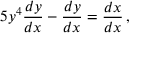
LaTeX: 5 y ^ { 4 } { \frac { d y } { d x } } - { \frac { d y } { d x } } = { \frac { d x } { d x } } \, ,